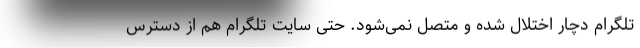
تلگرام دچار اختلال شده و متصل نمی‌شود. حتی سایت تلگرام هم از دسترس